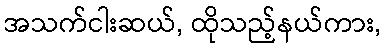
အသက်ငါးဆယ်, ထိုသည့်နယ်ကား,